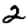
Digit: 2